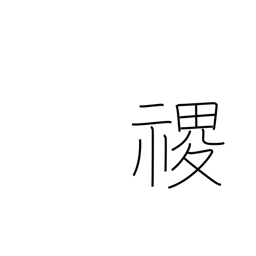
Meaning: proper name